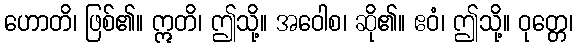
ဟောတိ၊ ဖြစ်၏။ ဣတိ၊ ဤသို့။ အဝေါစ၊ ဆို၏။ ဧဝံ၊ ဤသို့။ ဝုတ္တေ၊